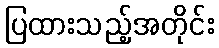
ပြထားသည့်အတိုင်း